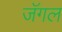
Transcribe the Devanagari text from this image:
जॅगल